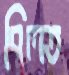
বিলত